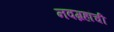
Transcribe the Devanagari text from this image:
नवग्रहांची